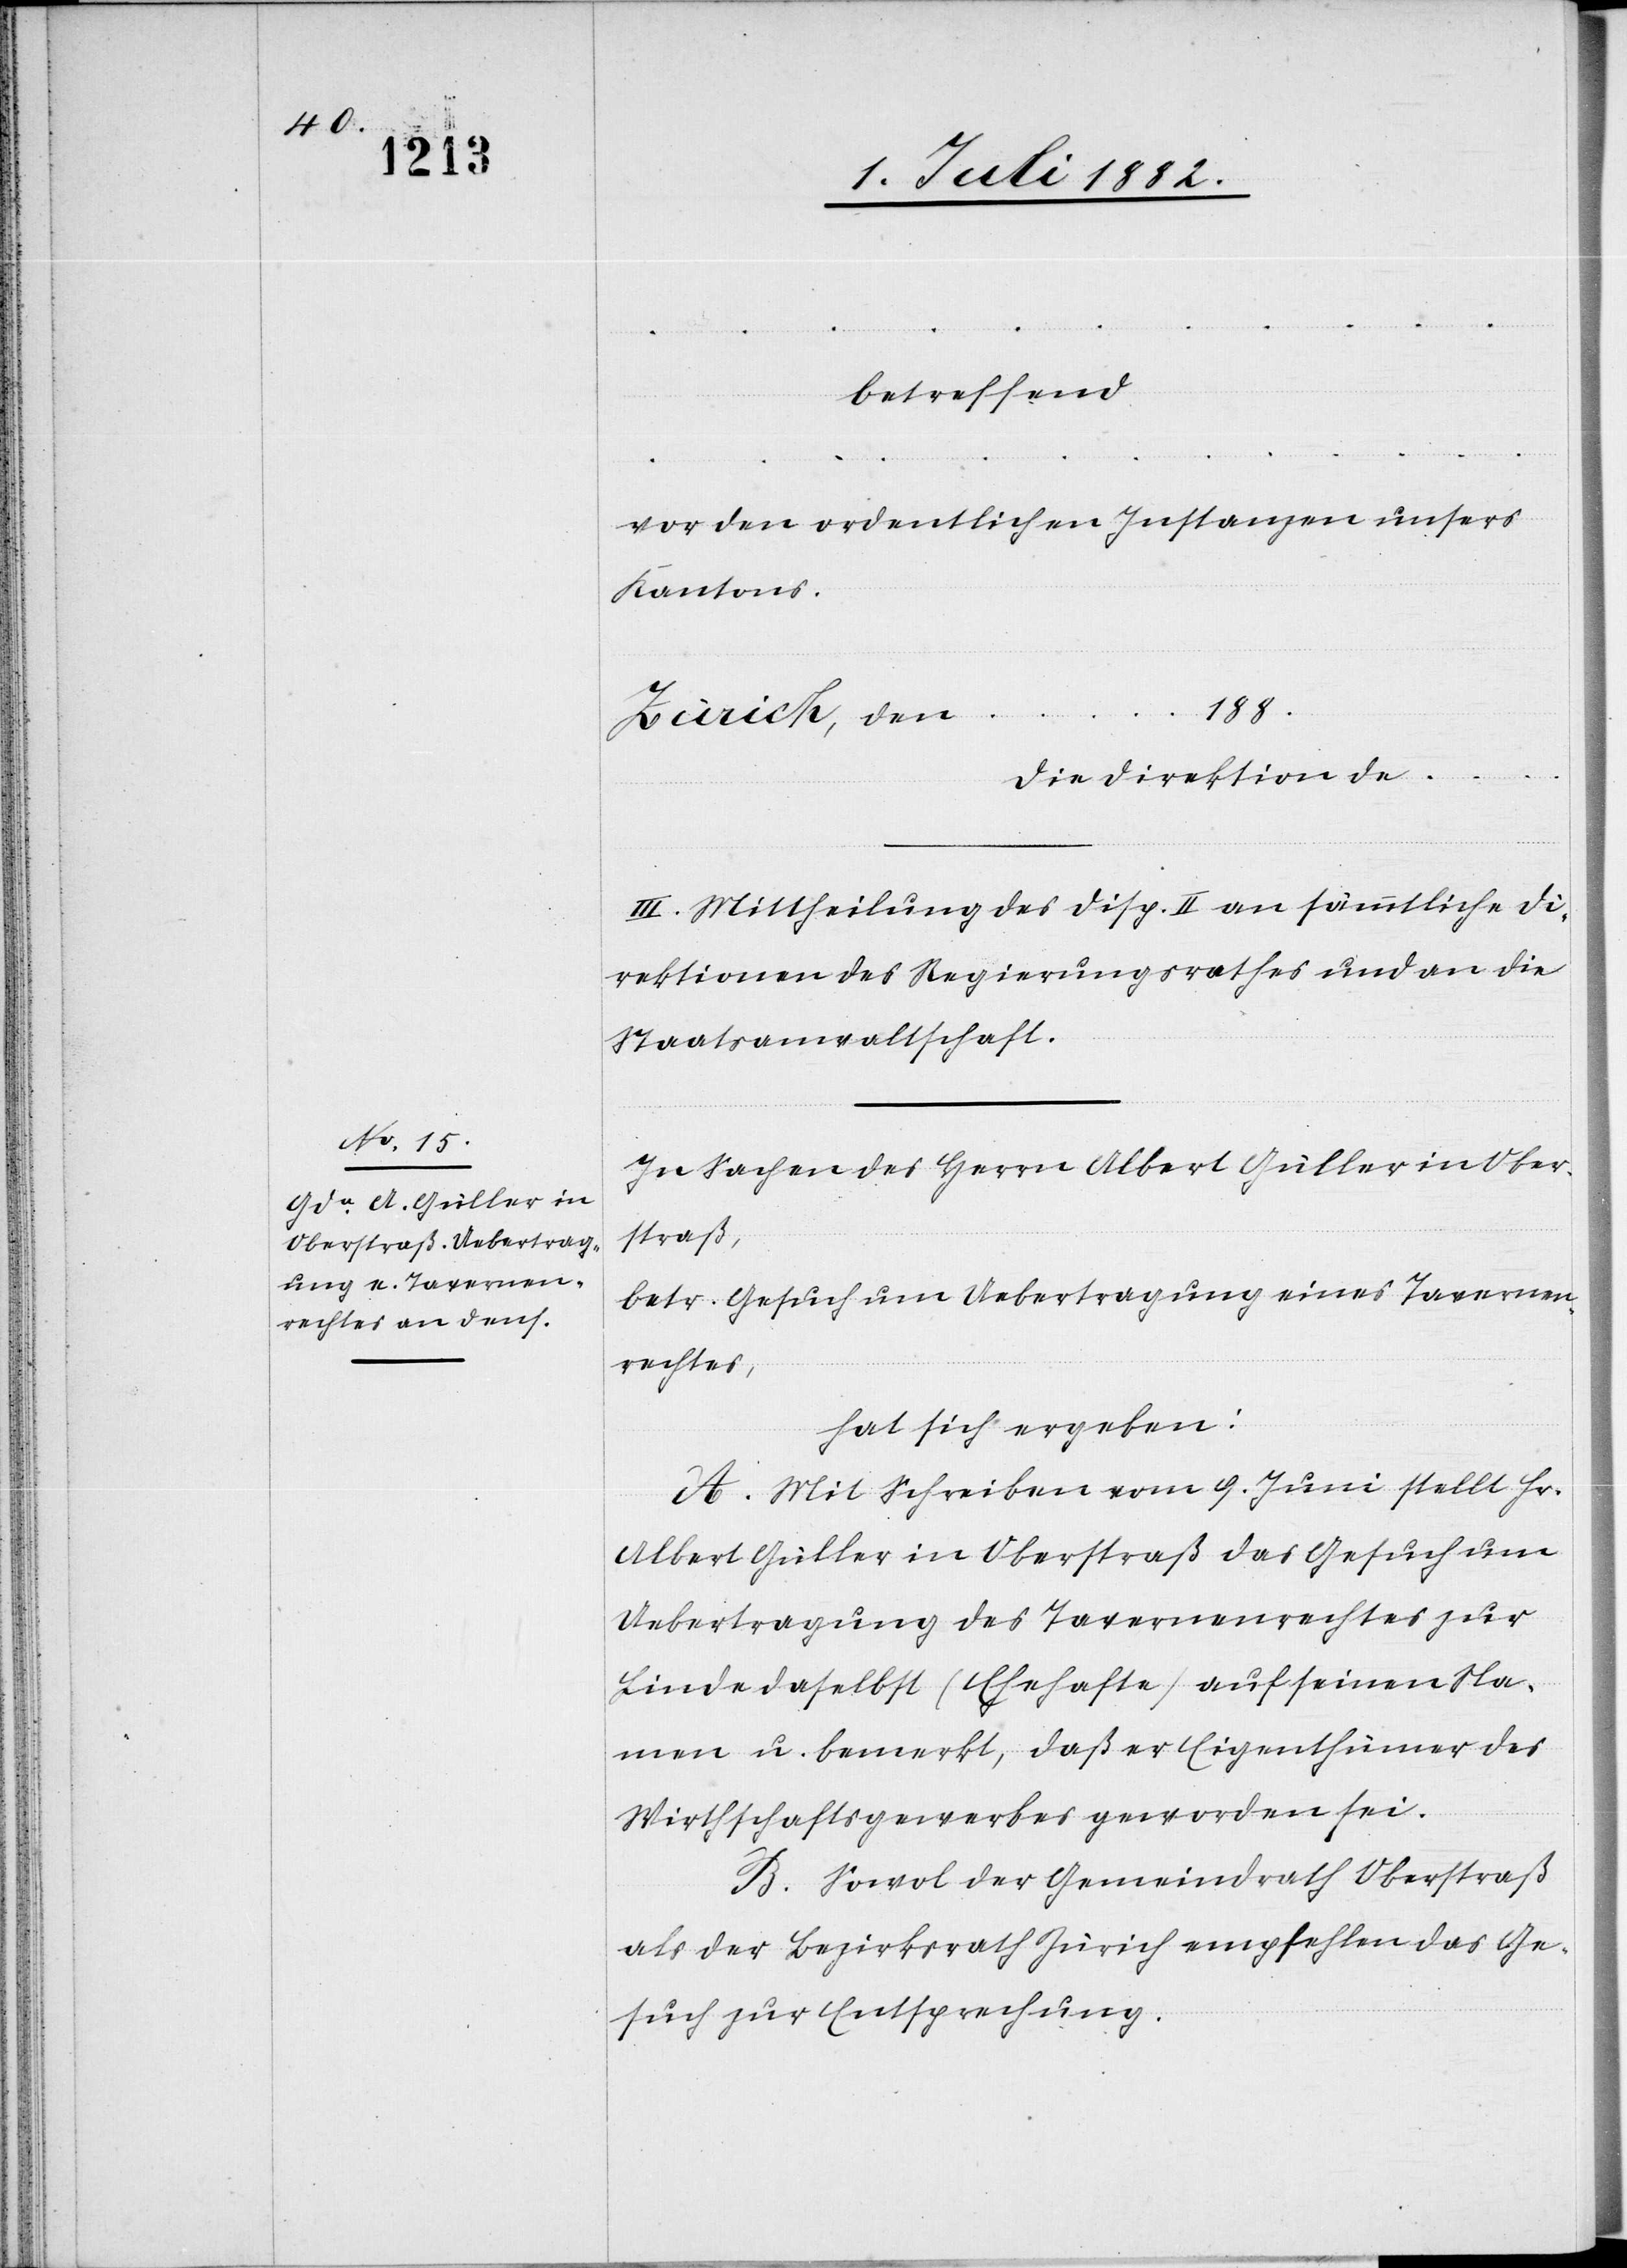
betreffend
….
vor den ordentlichen Instanzen unsers
Kantons.
188
Zürich, den
Die Direktion de …
III. Mittheilung des Disp. II an sämmtliche Di¬
rektionen des Regierungsrathes und an die
Staatsanwaltschaft.
In Sachen des Herrn Albert Güller in Ober¬
straß,
betr. Gesuch um Uebertragung eines Tavernen¬
rechtes,
hat sich ergeben:
A. Mit Schreiben vom 9. Juni stellt Hr.
Albert Güller in Oberstraß das Gesuch um
Uebertragung des Tavernenrechtes zur
Linde daselbst (Ehehafte) auf seinen Na¬
men u. bemerkt, daß er Eigenthümer des
Wirthschaftsgewerbes geworden sei.
B. Sowol der Gemeindrath Oberstraß
als der Bezirksrath Zürich empfehlen das Ge¬
such zur Entsprechung.